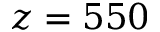
z = 5 5 0